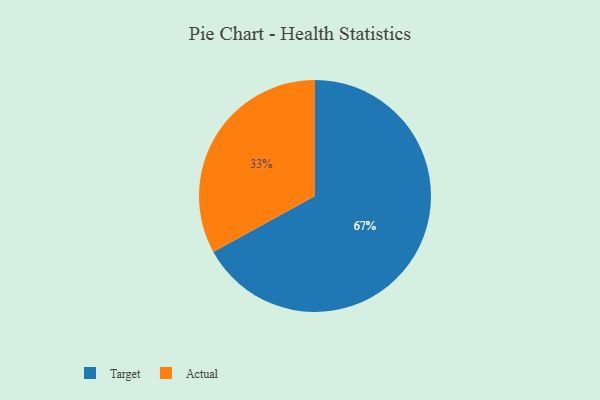
{"axis": {"x": "Category", "y": "Percentage"}, "legend": ["Actual", "Target"], "data": [{"x": "Target", "y": 67, "type": "Target"}, {"x": "Actual", "y": 33, "type": "Actual"}]}